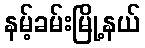
နမ့်ခမ်းမြို့နယ်